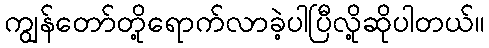
ကျွန်တော်တို့ရောက်လာခဲ့ပါပြီလို့ဆိုပါတယ်။